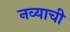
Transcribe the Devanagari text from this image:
नव्याची